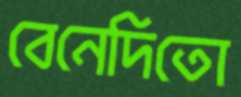
বেনেদিতো